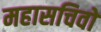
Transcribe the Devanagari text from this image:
महासचिवों